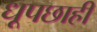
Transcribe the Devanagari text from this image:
धूपछाहीं